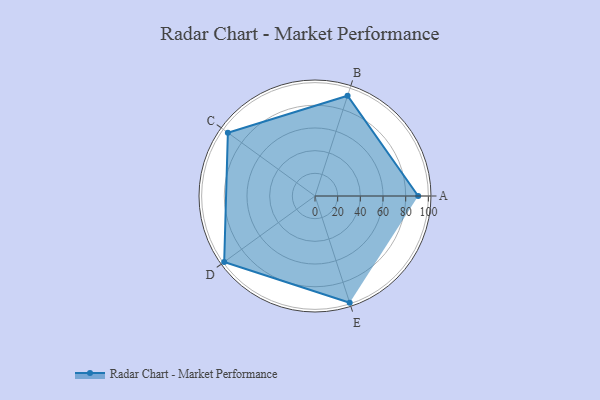
{"axis": {"x": "Skill", "y": "Score"}, "legend": ["Profile"], "data": [{"x": "A", "y": 91.0, "type": "Profile"}, {"x": "B", "y": 93.0, "type": "Profile"}, {"x": "C", "y": 95.0, "type": "Profile"}, {"x": "D", "y": 99.0, "type": "Profile"}, {"x": "E", "y": 99, "type": "Profile"}]}